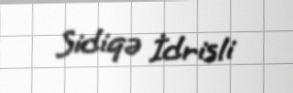
Sidiqə İdrisli